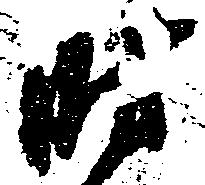
時